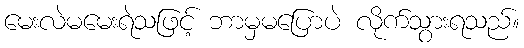
မေးလဲမမေးရဲသဖြင့် ဘာမှမပြောပဲ လိုက်သွားရသည်။